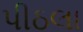
પીઠલા